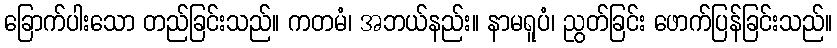
ခြောက်ပါးသော တည်ခြင်းသည်။ ကတမံ၊ အဘယ်နည်း။ နာမရူပံ၊ ညွတ်ခြင်း ဖောက်ပြန်ခြင်းသည်။